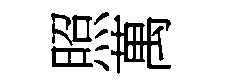
照萬